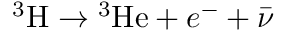
^ { 3 } \mathrm { H } \rightarrow { } ^ { 3 } \mathrm { H e } + e ^ { - } + { \bar { \nu } }